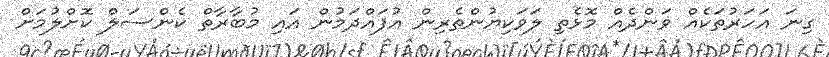
ގިނަ އަހަރުތަކެއް ވަންދެއް މޮޅެތި ލަވަކިޔުންތެރިން އުފައްދަމުން އައި މުބާރާތް ކެންސަލް ކޮށްލުމަށް